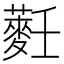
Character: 𱾴